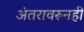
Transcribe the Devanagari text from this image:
अंतरावरूनही